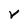
Character: r